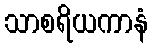
သာစရိယကာနံ